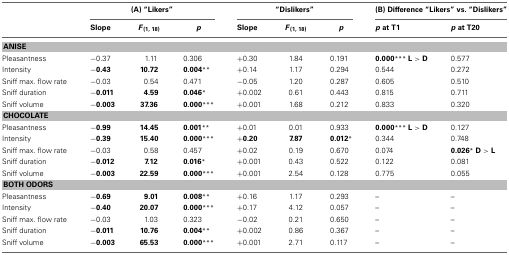
<table><thead><tr><td></td><td colspan="3"><b>(A) “Likers”</b></td><td colspan="3"><b>“Dislikers”</b></td><td colspan="2"><b>(B) Difference “Likers” vs. “Dislikers”</b></td></tr><tr><td></td><td><b>Slope</b></td><td><b><i>F</i><sub>(1, 18)</sub></b></td><td><b><i>p</i></b></td><td><b>Slope</b></td><td><b><i>F</i><sub>(1, 18)</sub></b></td><td><b><i>p</i></b></td><td><b><i>p</i> at T1</b></td><td><b><i>p</i> at T20</b></td></tr></thead><tbody><tr><td colspan="9"><b>ANISE</b></td></tr><tr><td>Pleasantness</td><td>−0.37</td><td>1.11</td><td>0.306</td><td>+0.30</td><td>1.84</td><td>0.191</td><td><b>0.000<sup>***</sup> L &gt; D</b></td><td>0.577</td></tr><tr><td>Intensity</td><td><b>−0.43</b></td><td><b>10.72</b></td><td><b>0.004<sup>**</sup></b></td><td>+0.14</td><td>1.17</td><td>0.294</td><td>0.544</td><td>0.272</td></tr><tr><td>Sniff max. flow rate</td><td>−0.03</td><td>0.54</td><td>0.471</td><td>−0.05</td><td>1.20</td><td>0.287</td><td>0.605</td><td>0.510</td></tr><tr><td>Sniff duration</td><td><b>−0.011</b></td><td><b>4.59</b></td><td><b>0.046<sup>*</sup></b></td><td>+0.002</td><td>0.61</td><td>0.443</td><td>0.815</td><td>0.711</td></tr><tr><td>Sniff volume</td><td><b>−0.003</b></td><td><b>37.36</b></td><td><b>0.000<sup>***</sup></b></td><td>+0.001</td><td>1.68</td><td>0.212</td><td>0.833</td><td>0.320</td></tr><tr><td colspan="9"><b>CHOCOLATE</b></td></tr><tr><td>Pleasantness</td><td><b>−0.99</b></td><td><b>14.45</b></td><td><b>0.001<sup>**</sup></b></td><td>+0.01</td><td>0.01</td><td>0.933</td><td><b>0.000<sup>***</sup> L &gt; D</b></td><td>0.127</td></tr><tr><td>Intensity</td><td><b>−0.39</b></td><td><b>15.40</b></td><td><b>0.000<sup>***</sup></b></td><td><b>+0.20</b></td><td><b>7.87</b></td><td><b>0.012<sup>*</sup></b></td><td>0.344</td><td>0.748</td></tr><tr><td>Sniff max. flow rate</td><td>−0.03</td><td>0.58</td><td>0.457</td><td>+0.02</td><td>0.19</td><td>0.670</td><td>0.074</td><td><b>0.026<sup>*</sup> D &gt; L</b></td></tr><tr><td>Sniff duration</td><td><b>−0.012</b></td><td><b>7.12</b></td><td><b>0.016<sup>*</sup></b></td><td>+0.001</td><td>0.43</td><td>0.522</td><td>0.122</td><td>0.081</td></tr><tr><td>Sniff volume</td><td><b>−0.003</b></td><td><b>22.59</b></td><td><b>0.000<sup>***</sup></b></td><td>+0.001</td><td>2.54</td><td>0.128</td><td>0.775</td><td>0.055</td></tr><tr><td colspan="9"><b>BOTH ODORS</b></td></tr><tr><td>Pleasantness</td><td><b>−0.69</b></td><td><b>9.01</b></td><td><b>0.008<sup>**</sup></b></td><td>+0.16</td><td>1.17</td><td>0.293</td><td>–</td><td>–</td></tr><tr><td>Intensity</td><td><b>−0.40</b></td><td><b>20.07</b></td><td><b>0.000<sup>***</sup></b></td><td>+0.17</td><td>4.12</td><td>0.057</td><td>–</td><td>–</td></tr><tr><td>Sniff max. flow rate</td><td>−0.03</td><td>1.03</td><td>0.323</td><td>−0.02</td><td>0.21</td><td>0.650</td><td>–</td><td>–</td></tr><tr><td>Sniff duration</td><td><b>−0.011</b></td><td><b>10.76</b></td><td><b>0.004<sup>**</sup></b></td><td>+0.002</td><td>0.86</td><td>0.367</td><td>–</td><td>–</td></tr><tr><td>Sniff volume</td><td><b>−0.003</b></td><td><b>65.53</b></td><td><b>0.000<sup>***</sup></b></td><td>+0.001</td><td>2.71</td><td>0.117</td><td>–</td><td>–</td></tr></tbody></table>